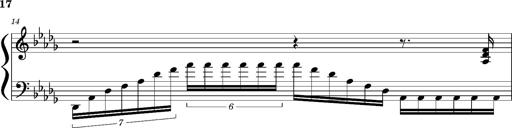
Title: Concerto sans orchestre, S.524a
Composer: Franz Liszt
Key: A major